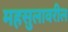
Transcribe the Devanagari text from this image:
महसुलावरील